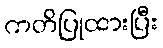
ကတိပြုထားပြီး